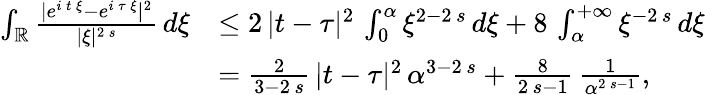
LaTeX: \begin{array}{rl}{\int_{\mathbb{R}}\frac{|e^{i\, t\, \xi}-e^{i\, \tau\, \xi}|^{2}}{|\xi|^{2\, s}}\, d\xi}&{\le 2\, |t-\tau|^{2}\, \int_{0}^{\alpha}\xi^{2-2\, s}\, d\xi+8\, \int_{\alpha}^{+\infty}\xi^{-2\, s}\, d\xi}\\ &{=\frac{2}{3-2\, s}\, |t-\tau|^{2}\, \alpha^{3-2\, s}+\frac{8}{2\, s-1}\, \frac{1}{\alpha^{2\, s-1}},}\end{array}